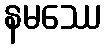
နမဿေ